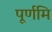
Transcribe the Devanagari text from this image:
पूर्णमि